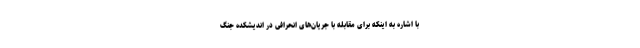
با اشاره به اینکه برای مقابله با جریان‌های انحرافی در اندیشکده جنگ